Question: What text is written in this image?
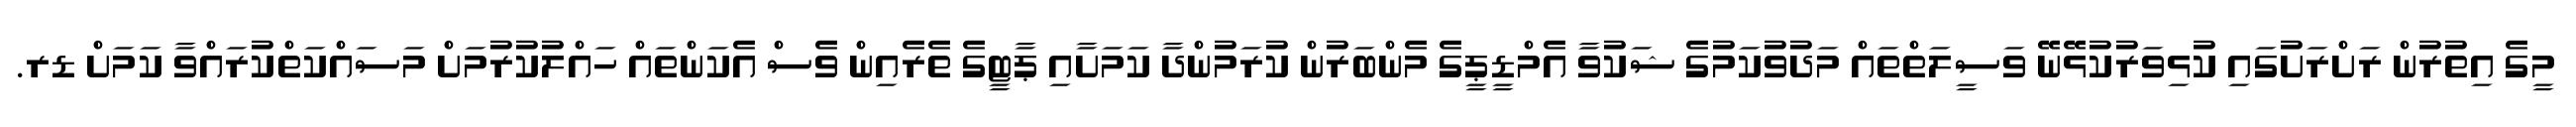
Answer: މީގެ އިތުރުން ރަށްރަށުގައި ކުޅިވަރުކުޅޭނޭ ވަސީލަތްތައް މަދުވުކަމުގެ ޝަކުވާ އެމްޑީޕީގެ މެންބަރުން ކުރަމުންދާ ކަމަށާއި ޕާޓީގެ ތެރެއިން ވެސް އެކަންތައް ހައްލުކުރުމަށް މަސައްކަތްކުރައްވާ ކަމަށް ޑރ.